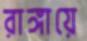
রাঙ্গায়ে